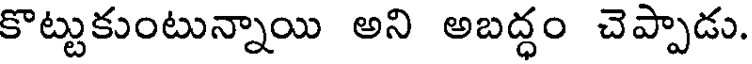
కొట్టుకుంటున్నాయి అని అబద్ధం చెప్పాడు.